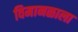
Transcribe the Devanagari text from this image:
विमानळाला